Annual report of the Madras Medical College
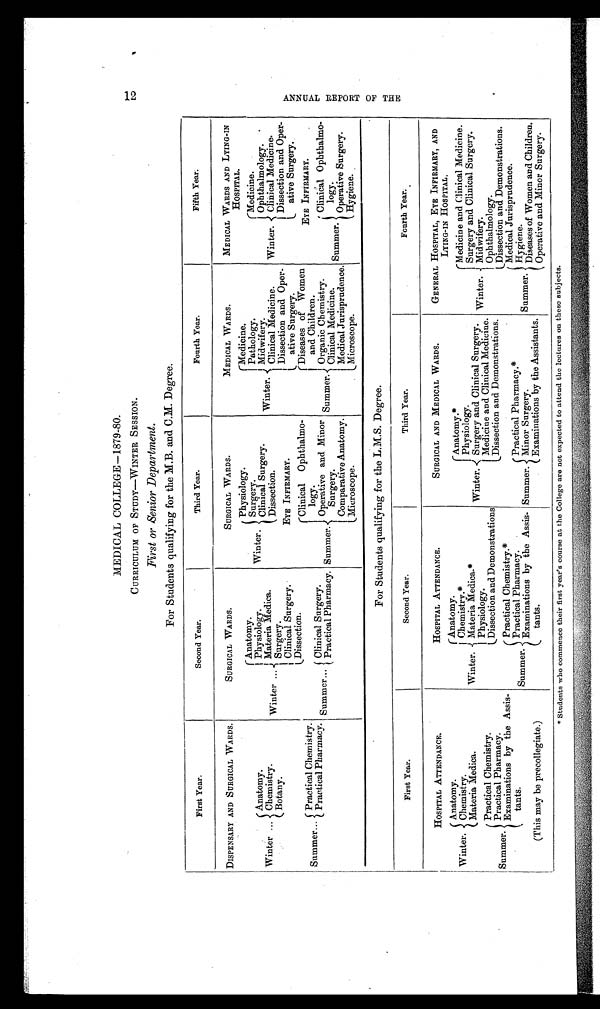
MEDICAL COLLEGE—1879-80.
CURRICULUM OF STUDY—WINTER SESSION.
First or Senior Department.
For Students qualifying for the M.B. and C.M. Degree.
First Year.
Second Year.
Third Year.
Fourth Year.
Fifth Year.
DISPENSARY AND SURGICAL WARDS.
SURGICAL WARDS.
SURGICAL WARDS.
MEDICAL WARDS.
MEDICAL WARDS AND LYING-IN
HOSPITAL.
Winter ...
Anatomy.
Chemistry.
Botany.
Winter ...
Anatomy.
Physiology.
Maters Medica.
Surgery.
Clinical Surgery.
Dissection.
Winter.
Physiology.
Surgery.
Clinical Surgery.
Winter.
Medicine.
Pathology.
Midwifery.
Clinical Medicine.
Dissection and Oper-
ative Surgery.
Winter.
Medicine.
Ophthalmology .
Clinical Medicine.
Dissection and Oper-
ative Surgery.
EYE INFIRMARY.
Summer... Practical Chemistry.
Practical Pharmacy.
Summer...
Dissection.
Clinical Surgery.
Practical Pharmacy. Summer.
Clinical Ophthalmo-
logy.
Operative and
Minor
Surgery .
Comparative Anatomy.
Microscope.
Summer.
Diseases of Women
and Children.
Organic Chemistry.
Clinical Medicine.
Medical Jurisprudence.
Microscope.
EYE INFIRMARY.
Summer.
Clinical Ophthalmo-
logy.
Operative Surgery.
Hygiene.
For Studentsqualifying for the L.M.S. Degree.
First Year.
Second Year.
Third Year.
F o u r t h Y e a r .
HOSPITAL ATTENDANCE.
HOSPITAL ATTENDANCE.
SURGICAL AND MEDICAL WARDS.
GENERAL HOSPITAL, EYE INFIRMARY, AND
LYING-IN HOSPITAL.
Winter.
Anatomy.
Chemistry.
Materia Medica.
Winter.
Anatomy.
Chemistry.*
MatersMedica.*
Physiology.
Dissection and Demonstrations
Winter.
Anatomy.*
Physiology.
Surgery and Clinical Surgery.
Medicine and Clinical Medicine.
Dissection and Demonstrations.
Winter.
Medicine
ClinicalMedicine.
and Clin
Medici
Surgery and Clinical Surgery.
Midwifery.
Ophthalmology.
Dissection and Demonstrations.
Summer.
Practical Chemistry.
Practical Pharmacy.
Examinations by the Assis-
tants.
Summer.
Practical Chemistry.*
Practical Pharmacy.
Examinations by the Assis-
tants.
Summer.
Practical Pharmacy.*
Minor Surgery.
Examinations by the Assistants.
Summer.
Medical Jurisprudence.
Hygiene.
Diseases of Women and Children.
Operative and Minor Surgery.
(This may be precollegiate.)
*Students who commence their first year's course at the College are not expected to attend the lectures on these subjects.